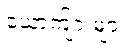
ယောက်ျားများ